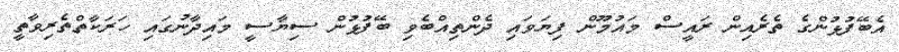
އެބޭފުޅުންގެ ތެރެއިން ރައީސް މައުމޫން ފިޔަވައި ދެންތިއްބެވި ބޭފުޅުން ސިޔާސީ މައިދާނުގައި ހަރަކާތްތެރިވާތީ